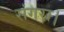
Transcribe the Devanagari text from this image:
संगरा।